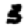
Digit: 3